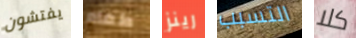
يفتشون طعام رينز التسبب كلا